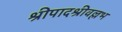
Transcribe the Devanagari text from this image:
श्रीपादश्रीवल्लभ